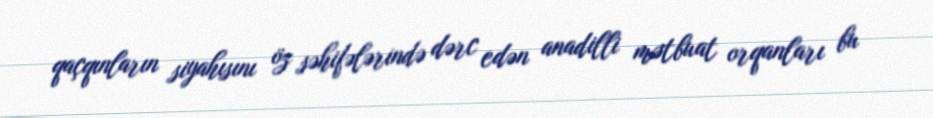
qaçqınların siyahısını öz səhifələrində dərc edən anadilli mətbuat orqanları bu